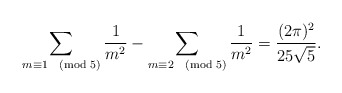
\begin{align*} \sum_{m \equiv 1 \pmod{5}} \frac{1}{m^2} - \sum_{m \equiv 2 \pmod{5}} \frac{1}{m^2} = \frac{(2\pi)^2}{25\sqrt{5}}.\end{align*}